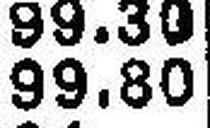
99.80